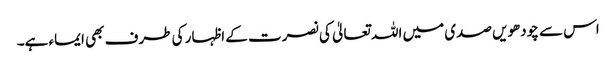
اس سے چودھویں صدی میں اللہ تعالیٰ کی نصرت کے اظہار کی طرف بھی ایماء ہے۔